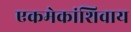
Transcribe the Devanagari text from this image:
एकमेकांशिवाय